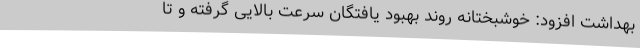
بهداشت افزود: خوشبختانه روند بهبود یافتگان سرعت بالایی گرفته و تا